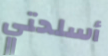
أسلحتي